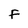
Character: f